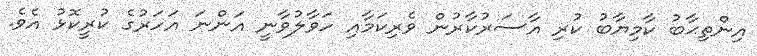
އިންތިޙާބު ކާމިޔާބު ކުރި އާސަރުކާރުން ވެރިކަމާއި ހަވާލުވާނީ އަންނަ އަހަރުގެ ކުރީކޮޅު އެވެ.